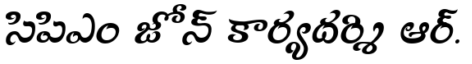
సిపిఎం జోన్ కార్యదర్శి ఆర్.